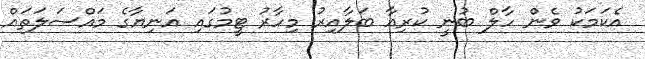
އެކަމަކު ވެން ހާލް ބުނީ ކުރިއާ ބަލާއިރު މިހާރު ޓީމުގައި އަނިޔާގެ މައްސަލަތައް